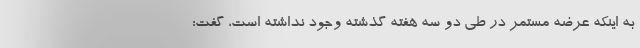
به اینکه عرضه مستمر در طی دو سه هفته گذشته وجود نداشته است، گفت: